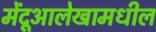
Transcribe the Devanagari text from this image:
मेंदूआलेखामधील